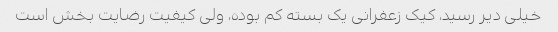
خیلی دیر رسید، کیک زعفرانی یک بسته کم بوده، ولی کیفیت رضایت بخش است